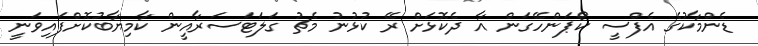
ޑެންމާކުގެ އެފްސީ ކޯޕަންހޭގަން އާ ދެކޮޅަށް ރޭ ކުޅުނު މެޗު ގަލަޓަސަރާއީން ކާމިޔާބުކޮށްފައިވަނީ